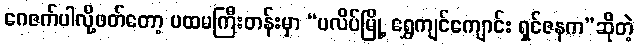
ဂေဇက်ပါလို့ဖတ်တော့ ပထမကြီးတန်းမှာ “ပလိပ်မြို့ ရွှေကျင်ကျောင်း ရှင်ဇနက”ဆိုတဲ့